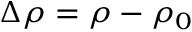
\Delta \rho = \rho - \rho _ { 0 }